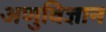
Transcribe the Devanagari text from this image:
अणुविज्ञान